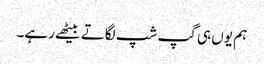
ہم یوں ہی گپ شپ لگاتے بیٹھے رہے۔